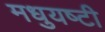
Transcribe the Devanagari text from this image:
मधुयष्‍टी